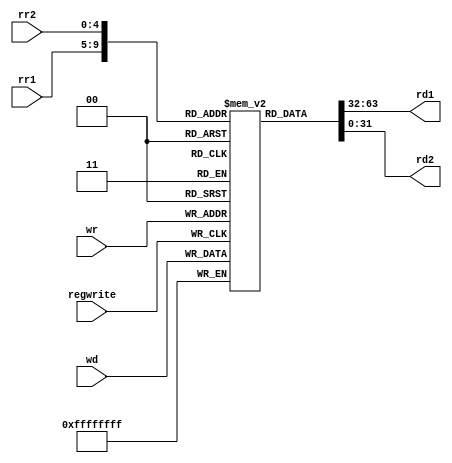
module registers(input[4:0] rr1, input[4:0] rr2, input[4:0] wr, input[31:0] wd, input regwrite, output[31:0] rd1, output[31:0] rd2);

       reg[31:0] registerfile[31:0]; //declear the size of your register file. [4:0] defines how many registers, [31:0] defines each register length
       //as the registers are internal variables so you need to use reg for declearation
       assign rd1=registerfile[rr1];  //whenever rd1r changes rd1 automatically follows rd1r, as rd1 is the wires of rd1r
       assign rd2=registerfile[rr2]; //connect the register to the corresponding wires for interfacing with other modules

       always @(posedge regwrite) 
              begin
                      registerfile[wr]<=wd;
              end           // rising edge of regwrite trigers the write or read operations but always read is faster than write in register we can think, so there is no conflickts 
endmodule
//Created on Mar. 1. 2019 by Y. Zhao for Course EECS2021, Lassonde Schoole of Engineering, YorkU